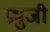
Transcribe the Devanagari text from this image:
प्रभुजी